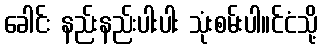
ခေါင်း နည်းနည်းပါးပါး သုံးစမ်းပါ။င်ငံသို့